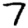
Digit: 7